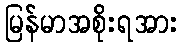
မြန်မာအစိုးရအား